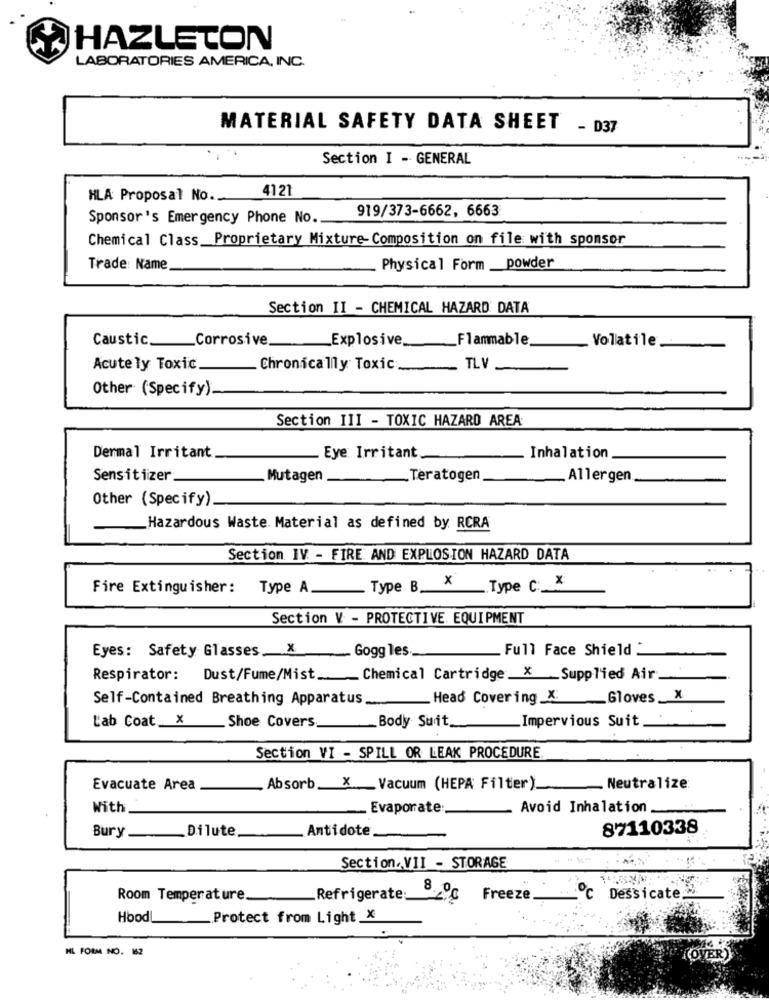
HAZLETON
LABORATORIES AMERICA, INC.
MATERIAL SAFETY DATA SHEET - D37
Section I - GENERAL
4121
HLA Proposal No ..
919/373-6662, 6663
Sponsor's Emergency Phone No ..
Chemical Class_Proprietary Mixture- Composition on file with sponsor
Trade Name
Physical Form _powder
Section II - CHEMICAL HAZARD DATA
Caustic.
Corrosive.
Explosive.
Flammable.
Volatile
-
Acute ly Toxic.
Chronically Toxic
TL
Other (Specify).
Section III - TOXIC HAZARD AREA
Dermal Irritant
Eye Irritant
Inhalation
Sensitiizer
Mutagen
Teratogen
Allergen
Other (Specify)
Hazardous Waste. Material as defined by RCRA
Section IV - FIRE AND EXPLOSION HAZARD DATA
x
Fire Extinguisher:
Type A.
Type B_
.. Type C: X
Section V - PROTECTIVE EQUIPMENT
Eyes: Safety Glasses X
Gogg les
Full Face Shield _
Respirator: Dust/Fume/Mist ..
Chemical Cartridge _X _Supplied Air
Self-Contained Breathing Apparatus ....
Head Covering X:
_Gloves _X
Shoe Covers
Impervious Suit
L'ab Coat X
Body Suit.
Section VI - SPILL OR LEAK PROCEDURE
Evacuate Area
Absorb_ X _Vacuum (HEPA Filter).
Neutralize
With
- Evaporate:
Avoid Inhalation
Antidote
87110338
Bury __ Dilute
Section. VII - STORAGE
Room Temperature.
_Refrigerate:
8.06
Freeze.
℃ Dessicate ..
Hood
Protect from Light X
HL FORM NO. 162